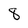
Character: 8